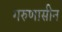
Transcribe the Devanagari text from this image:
गरुणासीन